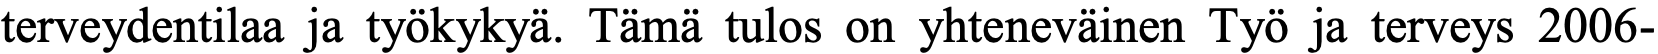
terveydentilaa ja työkykyä. Tämä tulos on yhteneväinen Työ ja terveys 2006-